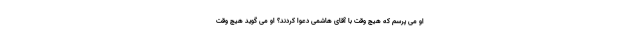
او می پرسم که هیچ وقت با آقای هاشمی دعوا کردند؟ او می گوید هیچ وقت